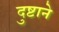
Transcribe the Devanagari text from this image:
दुष्टाने